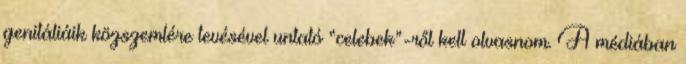
genitáliáik közszemlére tevésével untató “celebek”-ről kell olvasnom. A médiában